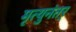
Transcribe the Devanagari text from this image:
मृत्युनंतर्